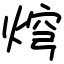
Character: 焪